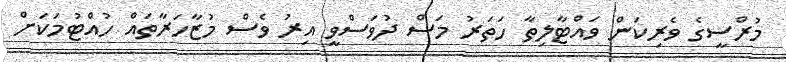
މުރްސީގެ ވެރިކަން ވައްޓާލިތާ ހަތަރު މަސް ދުވަސްވީ އިރު ވެސް މުޒާހަރާތައް ހުއްޓުމަކަށް